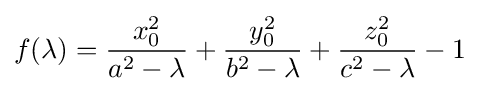
f(\lambda )={\frac {x_{0}^{2}}{a^{2}-\lambda }}+{\frac {y_{0}^{2}}{b^{2}-\lambda }}+{\frac {z_{0}^{2}}{c^{2}-\lambda }}-1